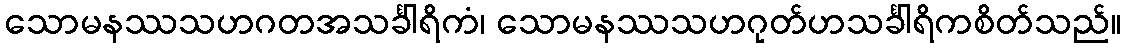
သောမနဿသဟဂတအသင်္ခါရိကံ၊ သောမနဿသဟဂုတ်ဟသင်္ခါရိကစိတ်သည်။